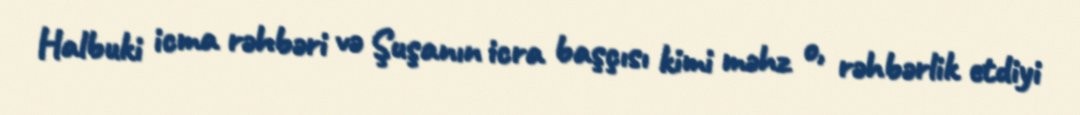
Halbuki icma rəhbəri və Şuşanın icra başçısı kimi məhz o, rəhbərlik etdiyi